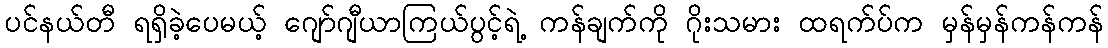
ပင်နယ်တီ ရရှိခဲ့ပေမယ့် ဂျော်ဂျီယာကြယ်ပွင့်ရဲ့ ကန်ချက်ကို ဂိုးသမား ထရက်ပ်က မှန်မှန်ကန်ကန်